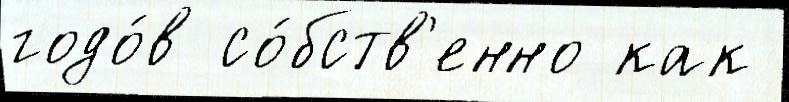
годо́в со́бств'енно как